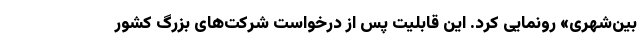
بین‌شهری» رونمایی کرد. این قابلیت پس از درخواست شرکت‌های بزرگ کشور